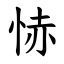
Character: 㤸